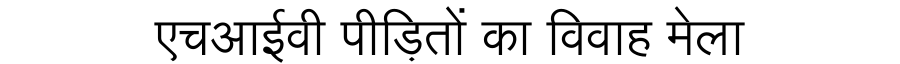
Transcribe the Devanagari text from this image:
एचआईवी पीड़ितों का विवाह मेला